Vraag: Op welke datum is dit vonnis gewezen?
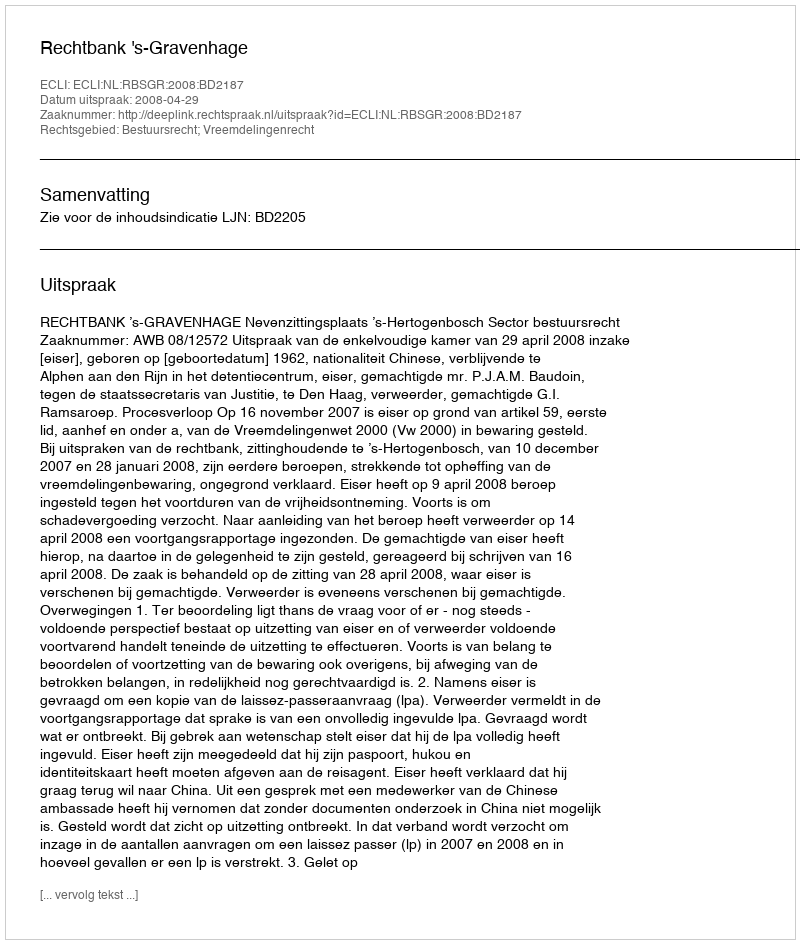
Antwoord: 2008-04-29